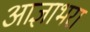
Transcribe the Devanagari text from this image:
आज्ञाभरा